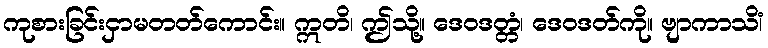
ကုစားခြင်းငှာမတတ်ကောင်း။ ဣတိ၊ ဤသို့။ ဒေဝဒတ္တံ၊ ဒေဝဒတ်ကို။ ဗျာကာသိံ၊